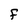
Character: F